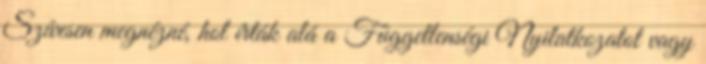
Szívesen megnézné, hol írták alá a Függetlenségi Nyilatkozatot vagy